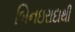
બિનઇરાદાથી